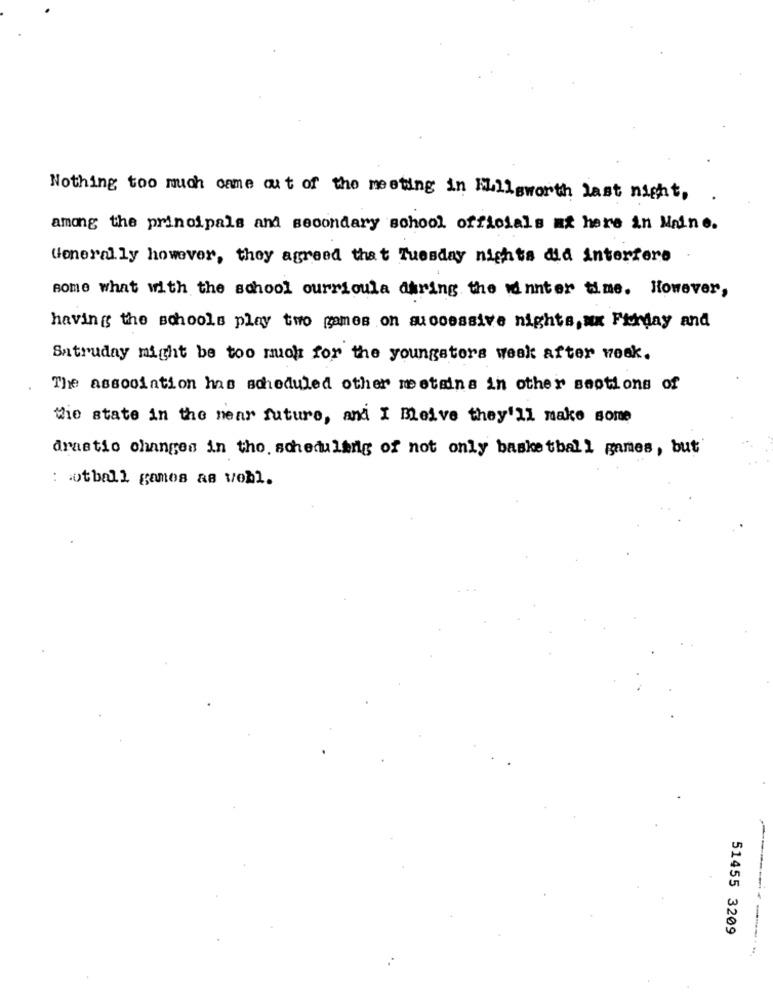
Nothing too much came out of the meeting in Milleworth last night,
among the principals and secondary school officials at here in Maine.
Generally however, they agreed that Tuesday nights did interfere
some what with the school curricula during the winter time. However,
having the schools play two games on successive nights, an Fikday and
Satruday might be too much for the youngsters weak after weak.
The association has scheduled other meetains in other seotions of
Wie state in the near future, and I Beive they'll make some
drastic changes in tho. scheduling of not only basketball games, but
: otball gamos as vobl.
51455 3209